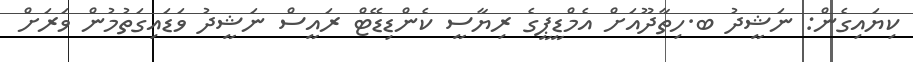
ކިޔައިގެން: ނަޝީދު ބ.ހިތާދޫއަށް އެމްޑީޕީގެ ރިޔާސީ ކެންޑިޑޭޓް ރައީސް ނަޝީދު ވަޑައިގަތުމުން ވަރަށް